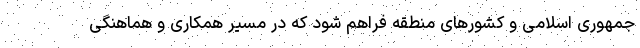
جمهوری اسلامی و کشورهای منطقه فراهم شود که در مسیر همکاری و هماهنگی